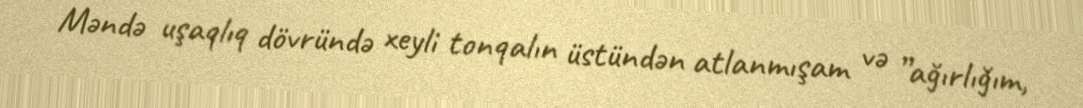
Məndə uşaqlıq dövründə xeyli tonqalın üstündən atlanmışam və ”ağırlığım,